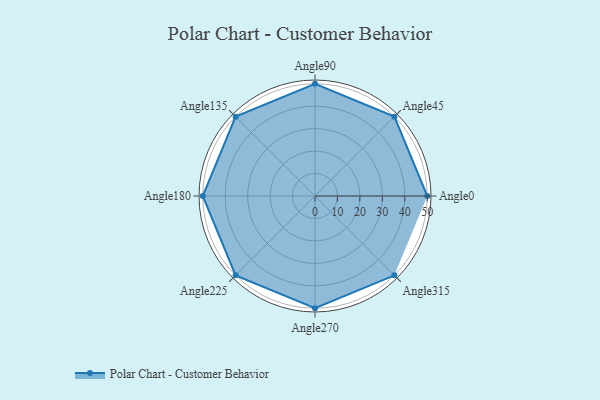
{"axis": {"x": "Angle", "y": "Radius"}, "legend": [""], "data": [{"x": "Angle0", "y": 50, "type": ""}, {"x": "Angle45", "y": 50, "type": ""}, {"x": "Angle90", "y": 50, "type": ""}, {"x": "Angle135", "y": 50, "type": ""}, {"x": "Angle180", "y": 50, "type": ""}, {"x": "Angle225", "y": 50, "type": ""}, {"x": "Angle270", "y": 50, "type": ""}, {"x": "Angle315", "y": 50, "type": ""}]}